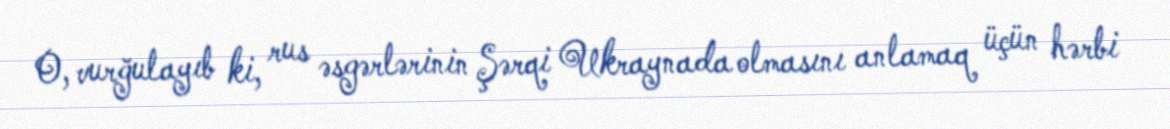
O, vurğulayıb ki, rus əsgərlərinin Şərqi Ukraynada olmasını anlamaq üçün hərbi